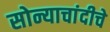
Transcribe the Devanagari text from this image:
सोन्याचांदीचे